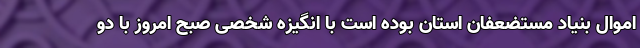
اموال بنیاد مستضعفان استان بوده است با انگیزه شخصی صبح امروز با دو